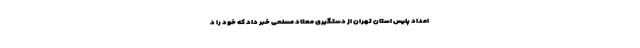
امداد پلیس استان تهران از دستگیری معتاد مسلحی خبر داد که خود را د